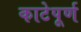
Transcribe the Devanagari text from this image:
काटेपूर्ण